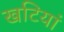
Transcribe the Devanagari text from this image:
खटियां